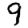
Digit: 9